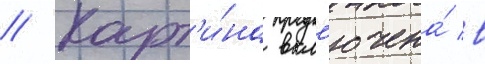
// Карт'и́на вкл'ючена́ в